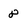
Character: 8